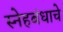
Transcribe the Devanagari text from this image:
स्नेहबंधाचे